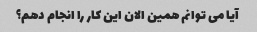
آیا می توانم همین الان این کار را انجام دهم؟